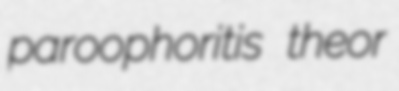
paroophoritis theor